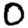
Digit: 0